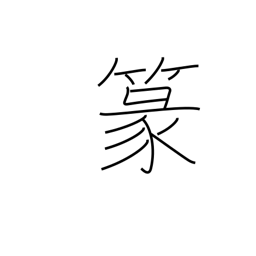
Meaning: seal-style characters